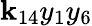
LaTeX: \mathbf{k}_{14}y_{1}y_{6}